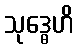
သုဒ္ဓေဟိ